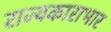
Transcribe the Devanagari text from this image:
राज्यकाराभार